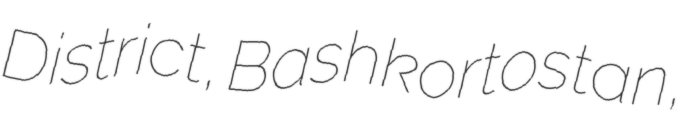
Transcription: District, Bashkortostan,